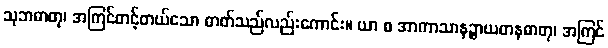
သုဘဓာတု၊ အကြင်တင့်တယ်သော ဓာတ်သည်လည်းကောင်း။ ယာ စ အာကာသာနဉ္စာယတနဓာတု၊ အကြင်